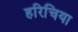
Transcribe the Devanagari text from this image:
हरिचिया